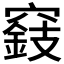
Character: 𥨓